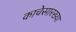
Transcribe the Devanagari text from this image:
काचेसारख्या